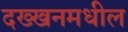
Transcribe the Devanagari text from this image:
दख्खनमधील